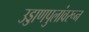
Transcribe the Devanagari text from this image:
उड्डाणपुलांवरून